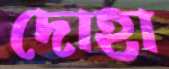
দোহা